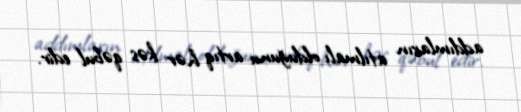
addımların atılmalı olduğunu artıq hər kəs qəbul edir.